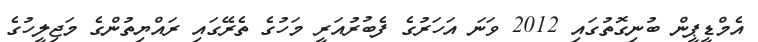
އެމްޑީޕީން ބުނިގޮތުގައި 2012 ވަނަ އަހަރުގެ ފެބުރުއަރީ މަހުގެ ތެރޭގައި ރައްޔިތުންގެ މަޖިލީހުގެ